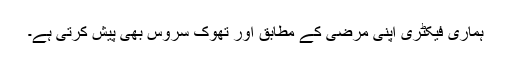
ہماری فیکٹری اپنی مرضی کے مطابق اور تھوک سروس بھی پیش کرتی ہے۔